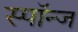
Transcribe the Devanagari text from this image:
स्पॉन्ज